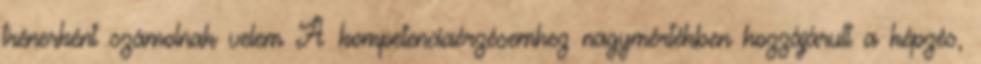
trénerként számolnak velem A kompetenciaérzésemhez nagymértékben hozzájárult a képzés,